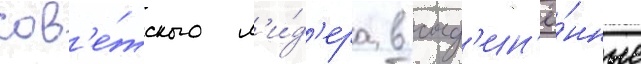
сов'е́тского л'и́д'ера в соед'ин'ё́нные